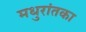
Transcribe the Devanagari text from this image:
मधुरांतका